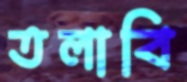
তলাবি